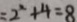
= 2 ^ { 2 } + 4 = 8